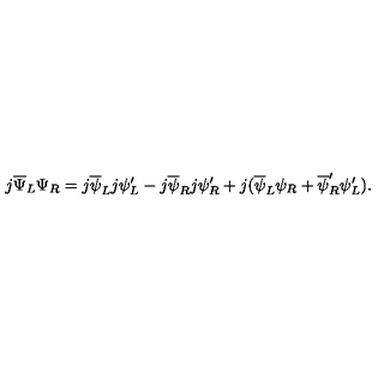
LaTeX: j \overline { { \Psi } } _ { L } \Psi _ { R } = j \overline { { \psi } } _ { L } j \psi _ { L } ^ { \prime } - j \overline { { \psi } } _ { R } j \psi _ { R } ^ { \prime } + j ( \overline { { \psi } } _ { L } \psi _ { R } + \overline { { \psi } } _ { R } ^ { \prime } \psi _ { L } ^ { \prime } ) .